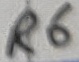
Text: R6